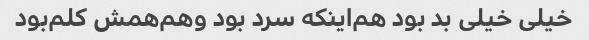
خیلی خیلی بد بود هم‌اینکه سرد بود و‌هم‌همش کلم‌بود